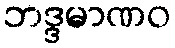
ဘဒ္ဒမာဏဝ